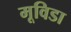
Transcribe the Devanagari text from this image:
मूविडा